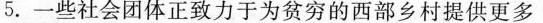
5. 一些社会团体正致力于为贫穷的西部乡村提供更多